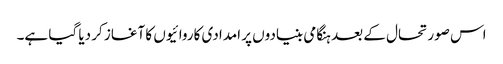
اس صورتحال کے بعد ہنگامی بنیادوں پر امدادی کاروائیوں کا آغاز کر دیا گیا ہے۔